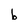
Character: b